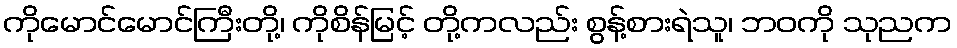
ကိုမောင်မောင်ကြီးတို့၊ ကိုစိန်မြင့် တို့ကလည်း စွန့်စားရဲသူ၊ ဘဝကို သုညက